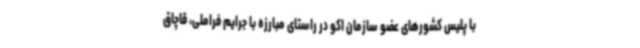
با پلیس کشورهای عضو سازمان اکو در راستای مبارزه با جرایم فراملی، قاچاق